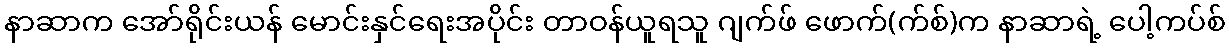
နာဆာက အော်ရိုင်းယန် မောင်းနှင်ရေးအပိုင်း တာဝန်ယူရသူ ဂျက်ဖ် ဖောက်(က်စ်)က နာဆာရဲ့ ပေါ့ကပ်စ်